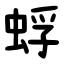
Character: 蜉